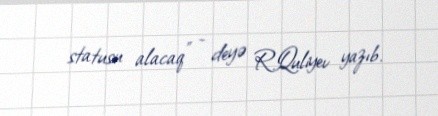
statusu alacaq” - deyə R.Quliyev yazıb.